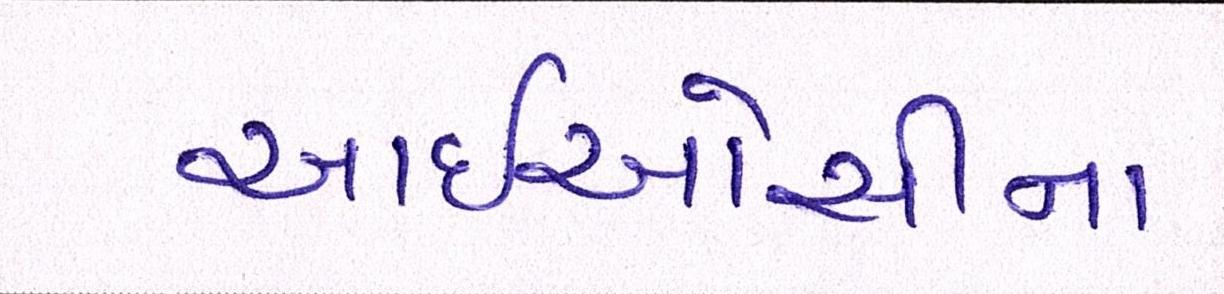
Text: આઈઓસીના